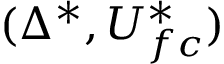
( \Delta ^ { * } , U _ { f c } ^ { * } )